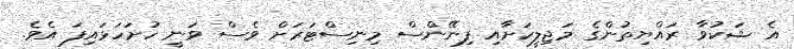
އެ ޝަކުވާ ރައްޔިތުންގެ މަޖިލީހަށާއި ފިނޭންސް މިނިސްޓަރަށް ވެސް ވަނީ ހުށަހަޅައިފަ އެވެ.